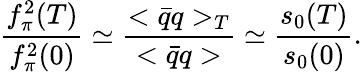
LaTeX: \frac{f_{\pi}^{2}(T)}{f_{\pi}^{2}(0)}\simeq\frac{<\bar{q}q>_{T}}{<\bar{q}q>}\simeq\frac{s_{0}(T)}{s_{0}(0)}.